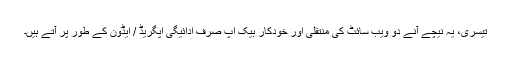
تیسری، یہ نیچے آنے دو ویب سائٹ کی منتقلی اور خودکار بیک اپ صرف ادائیگی اپگریڈ / ایڈون کے طور پر آتے ہیں۔